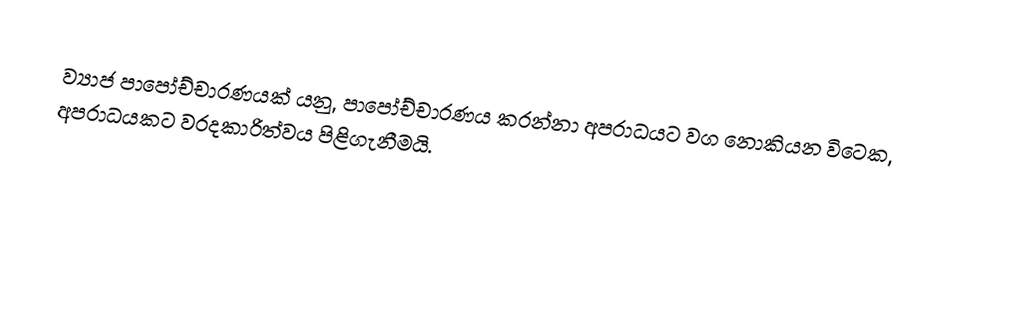
ව්‍යාජ පාපෝච්චාරණයක් යනු, පාපෝච්චාරණය කරන්නා අපරාධයට වග නොකියන විටෙක, අපරාධයකට  වරදකාරිත්වය පිළිගැනීමයි.